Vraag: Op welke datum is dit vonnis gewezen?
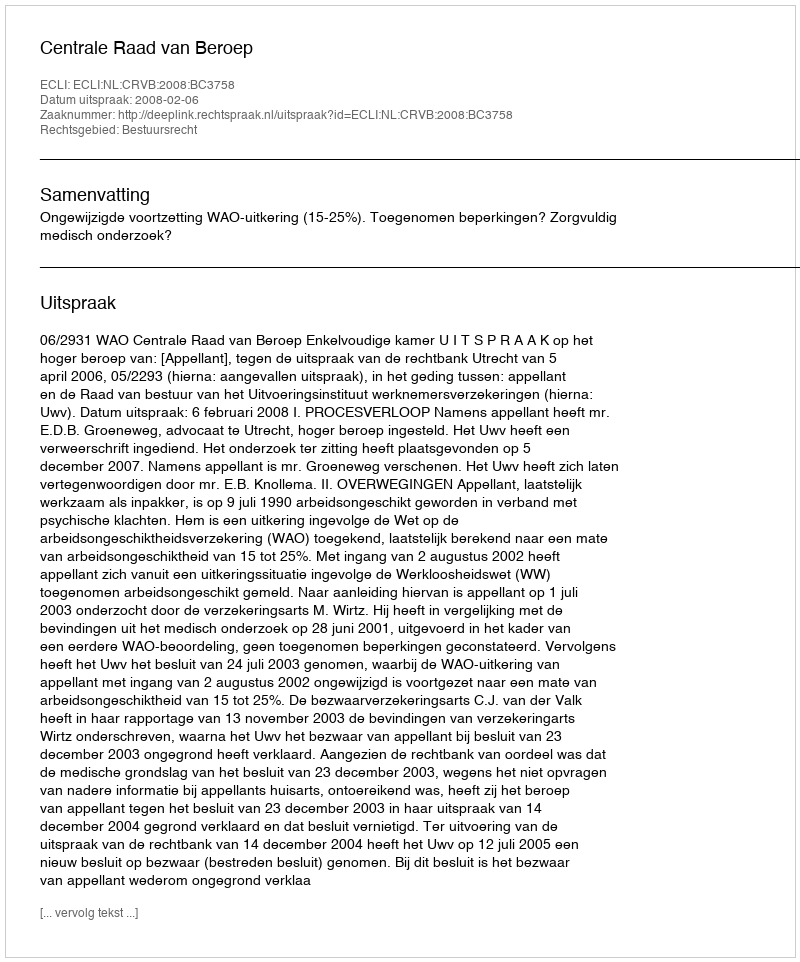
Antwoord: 2008-02-06